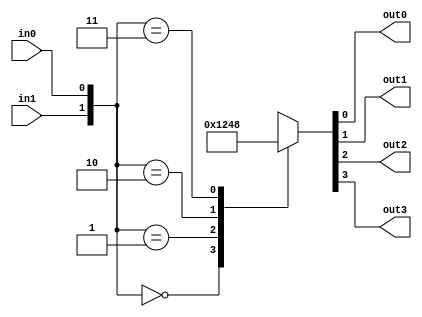

module Dec_2x4(in0, in1, out0, out1, out2, out3);
	
	input in0, in1;
	output reg out0, out1, out2, out3;
	
	always @(in0 or in1)													
	begin
		case ( {in1,in0} )												
			2'b00: {out3, out2, out1, out0} = 4'b0001;
			2'b01: {out3, out2, out1, out0} = 4'b0010;
			2'b10: {out3, out2, out1, out0} = 4'b0100;
			2'b11: {out3, out2, out1, out0} = 4'b1000;
			default: {out3, out2, out1, out0} = 4'bxxxx;
		endcase
	end

endmodule